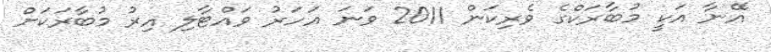
އޭނާ އަކީ މުބާރަކްގެ ވެރިކަން 2011 ވަނަ އަހަރު ވައްޓާލި އިރު މުބާރަކަށް